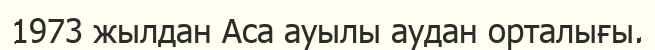
1973 жылдан Аса ауылы аудан орталығы.